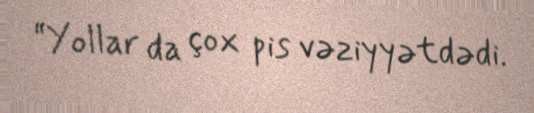
“Yollar da çox pis vəziyyətdədi.